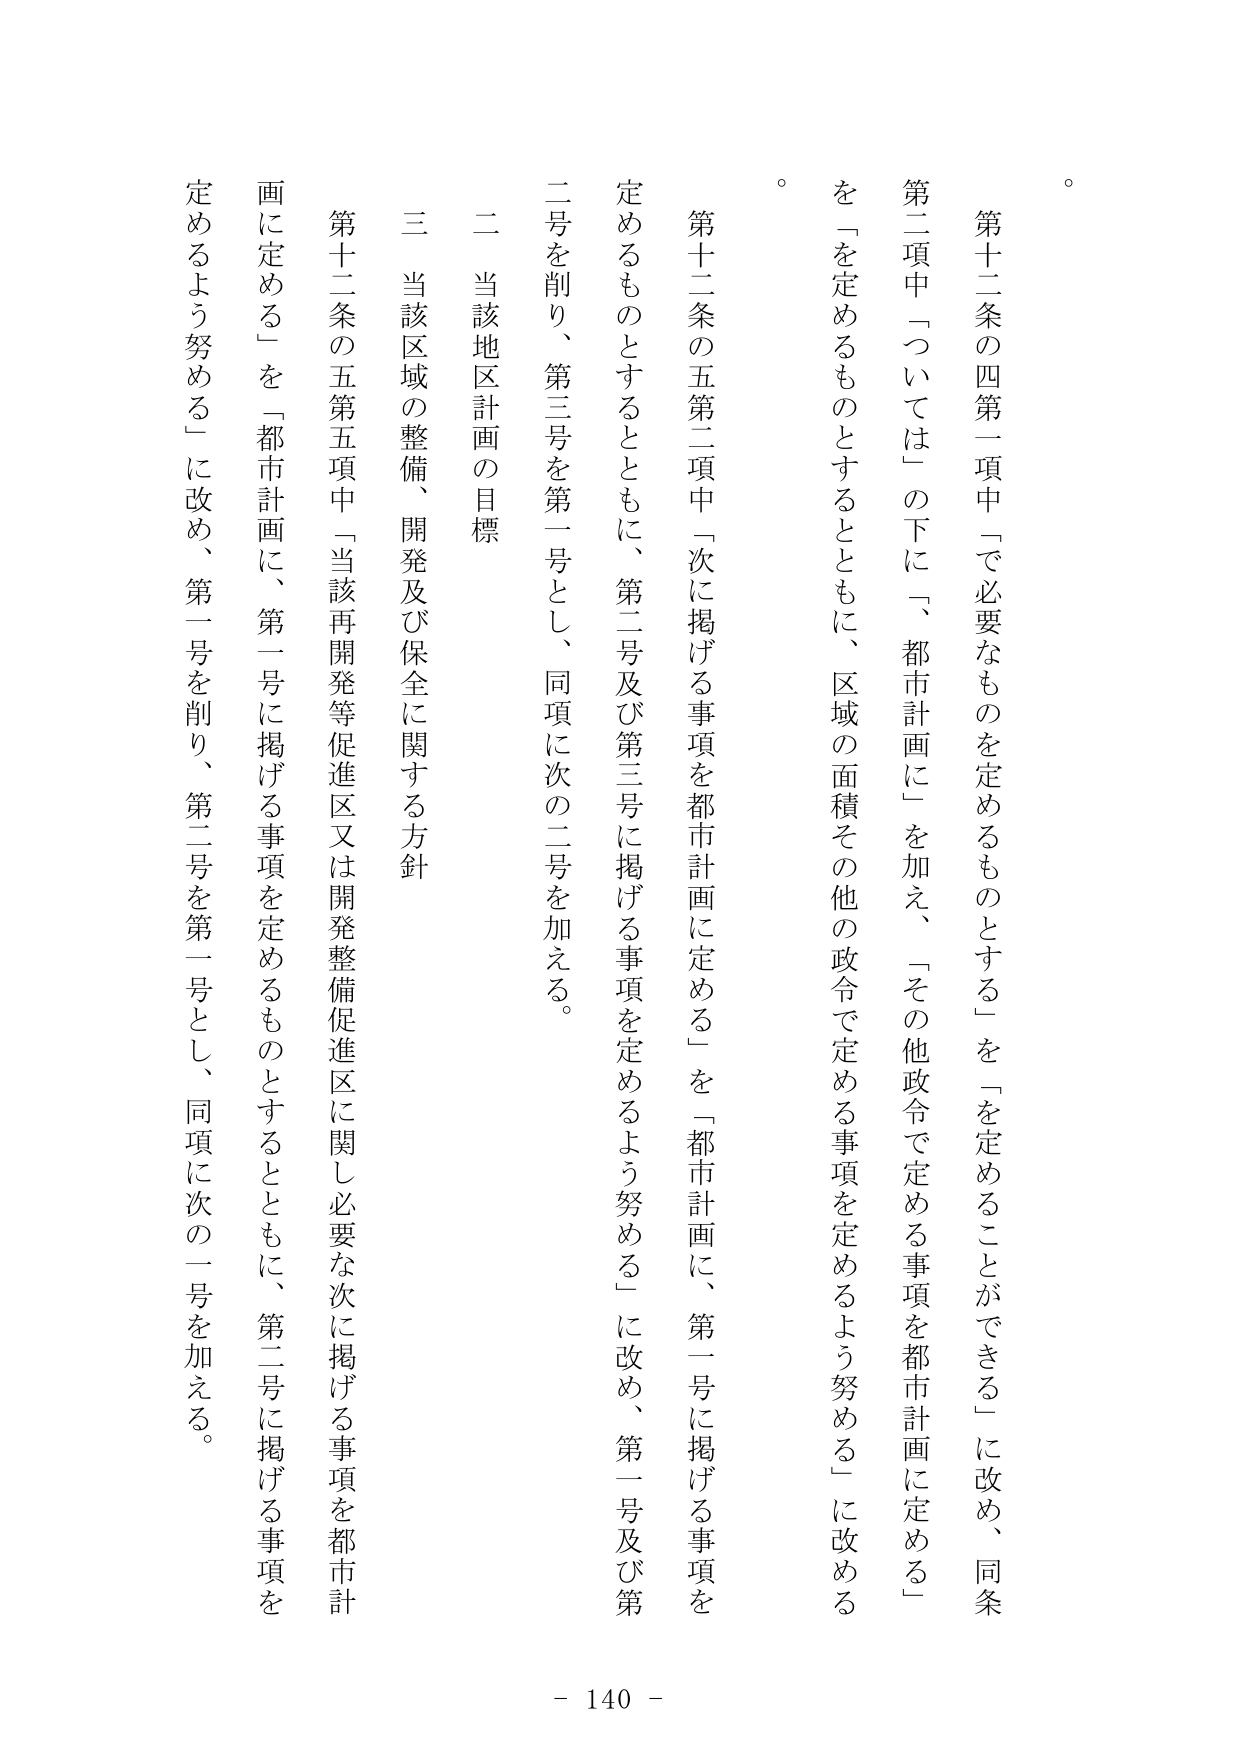
第十二条の四第一項中「で必要なものを定めるものとする」を「を定めることができる」に改め、同条第二項中「ついては」の下に、「都市計画に」を加え、「その他政令で定める事項を都市計画に定める」を「を定めるものとするとともに、区域の面積その他の政令で定める事項を定めるよう努める」に改める。

第十二条の五第二項中「次に掲げる事項を都市計画に定める」を「都市計画に、第一号に掲げる事項を定めるものとするとともに、第二号及び第三号に掲げる事項を定めるよう努める」に改め、第一号及び第二号を削り、第三号を第一号とし、同項に次の二号を加える。

二 当該地区計画の目標

三 当該区域の整備、開発及び保全に関する方針

第十二条の五第五項中「当該再開発等促進区又は開発整備促進区に関し必要な次に掲げる事項を都市計画に定める」を「都市計画に、第一号に掲げる事項を定めるものとするとともに、第二号に掲げる事項を定めるよう努める」に改め、第一号を削り、第二号を第一号とし、同項に次の一号を加える。

- 140 -